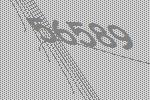
56589